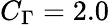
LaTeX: C_{\Gamma}=2.0